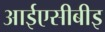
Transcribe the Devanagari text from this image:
आईएसीबीइ